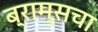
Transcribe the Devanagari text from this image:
ब्राम्सचा